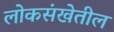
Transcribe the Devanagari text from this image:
लोकसंखेतील